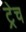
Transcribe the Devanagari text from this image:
ट्रेच